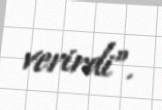
verirdi”.